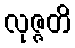
လုဇ္ဇတိ